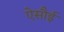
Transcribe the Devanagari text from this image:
ऐसौई